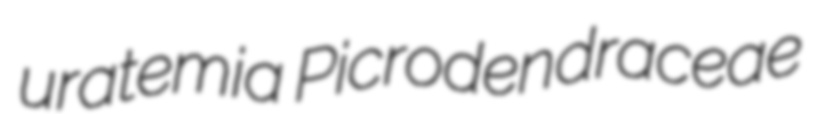
uratemia Picrodendraceae